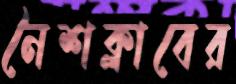
নৈশক্লাবের